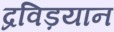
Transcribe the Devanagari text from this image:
द्रविड़यान